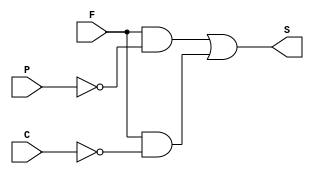
/*1 prtica de labortorio. Outubro/2020. Aluno: Alexandre Roque 
Objetivo: Implementar, usando duas formas de descrio em Verilog HDL, um circuito digital que sinalize quando
o motorista esquecer o farol do carro ligado:
A) Circuito descrito por fluxo de dados em Verilog HDL (expresso booleana);
B) Circuito descrito de maneira comportamental em Verilog HDL (use a instruo CASE);
Regras:
Considere como entradas do circuito as variveis:
inputs: (F, P, C) Farol, Porta, Chave,;
E como sada:output: S  sinalizador; 
Este circuito digital aciona um sinalizador (pode ser um buzzer, led) sempre que o Farol do carro estiver aceso
desnecessariamente, quando:
1) a Porta estiver aberta; S = ~P & F
2) a chave no estiver na ignio. S = ~C & F| */

module farolFluxo (S, F, P, C); //cabealho

	input F, P, C;
	output S;
	
		assign S = (F & ~P) | (F & ~C);
	
endmodule